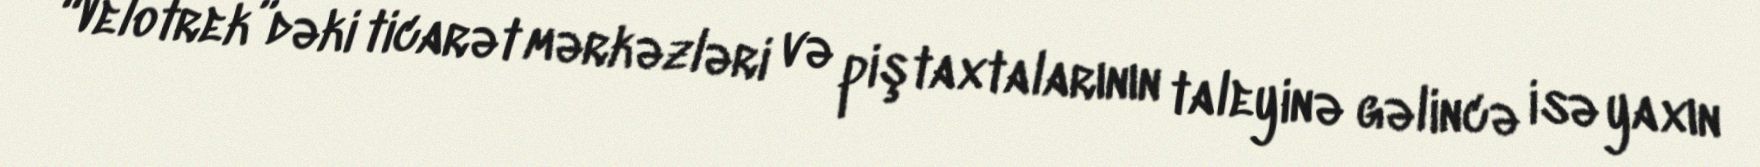
“Velotrek”dəki ticarət mərkəzləri və piştaxtalarının taleyinə gəlincə isə yaxın